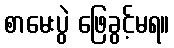
စာမေးပွဲ ဖြေခွင့်မရ။